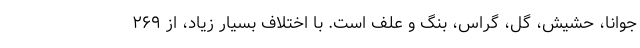
‌جوانا، حشیش، گل، گراس، بنگ و علف است. با اختلاف بسیار زیاد، از ۲۶۹